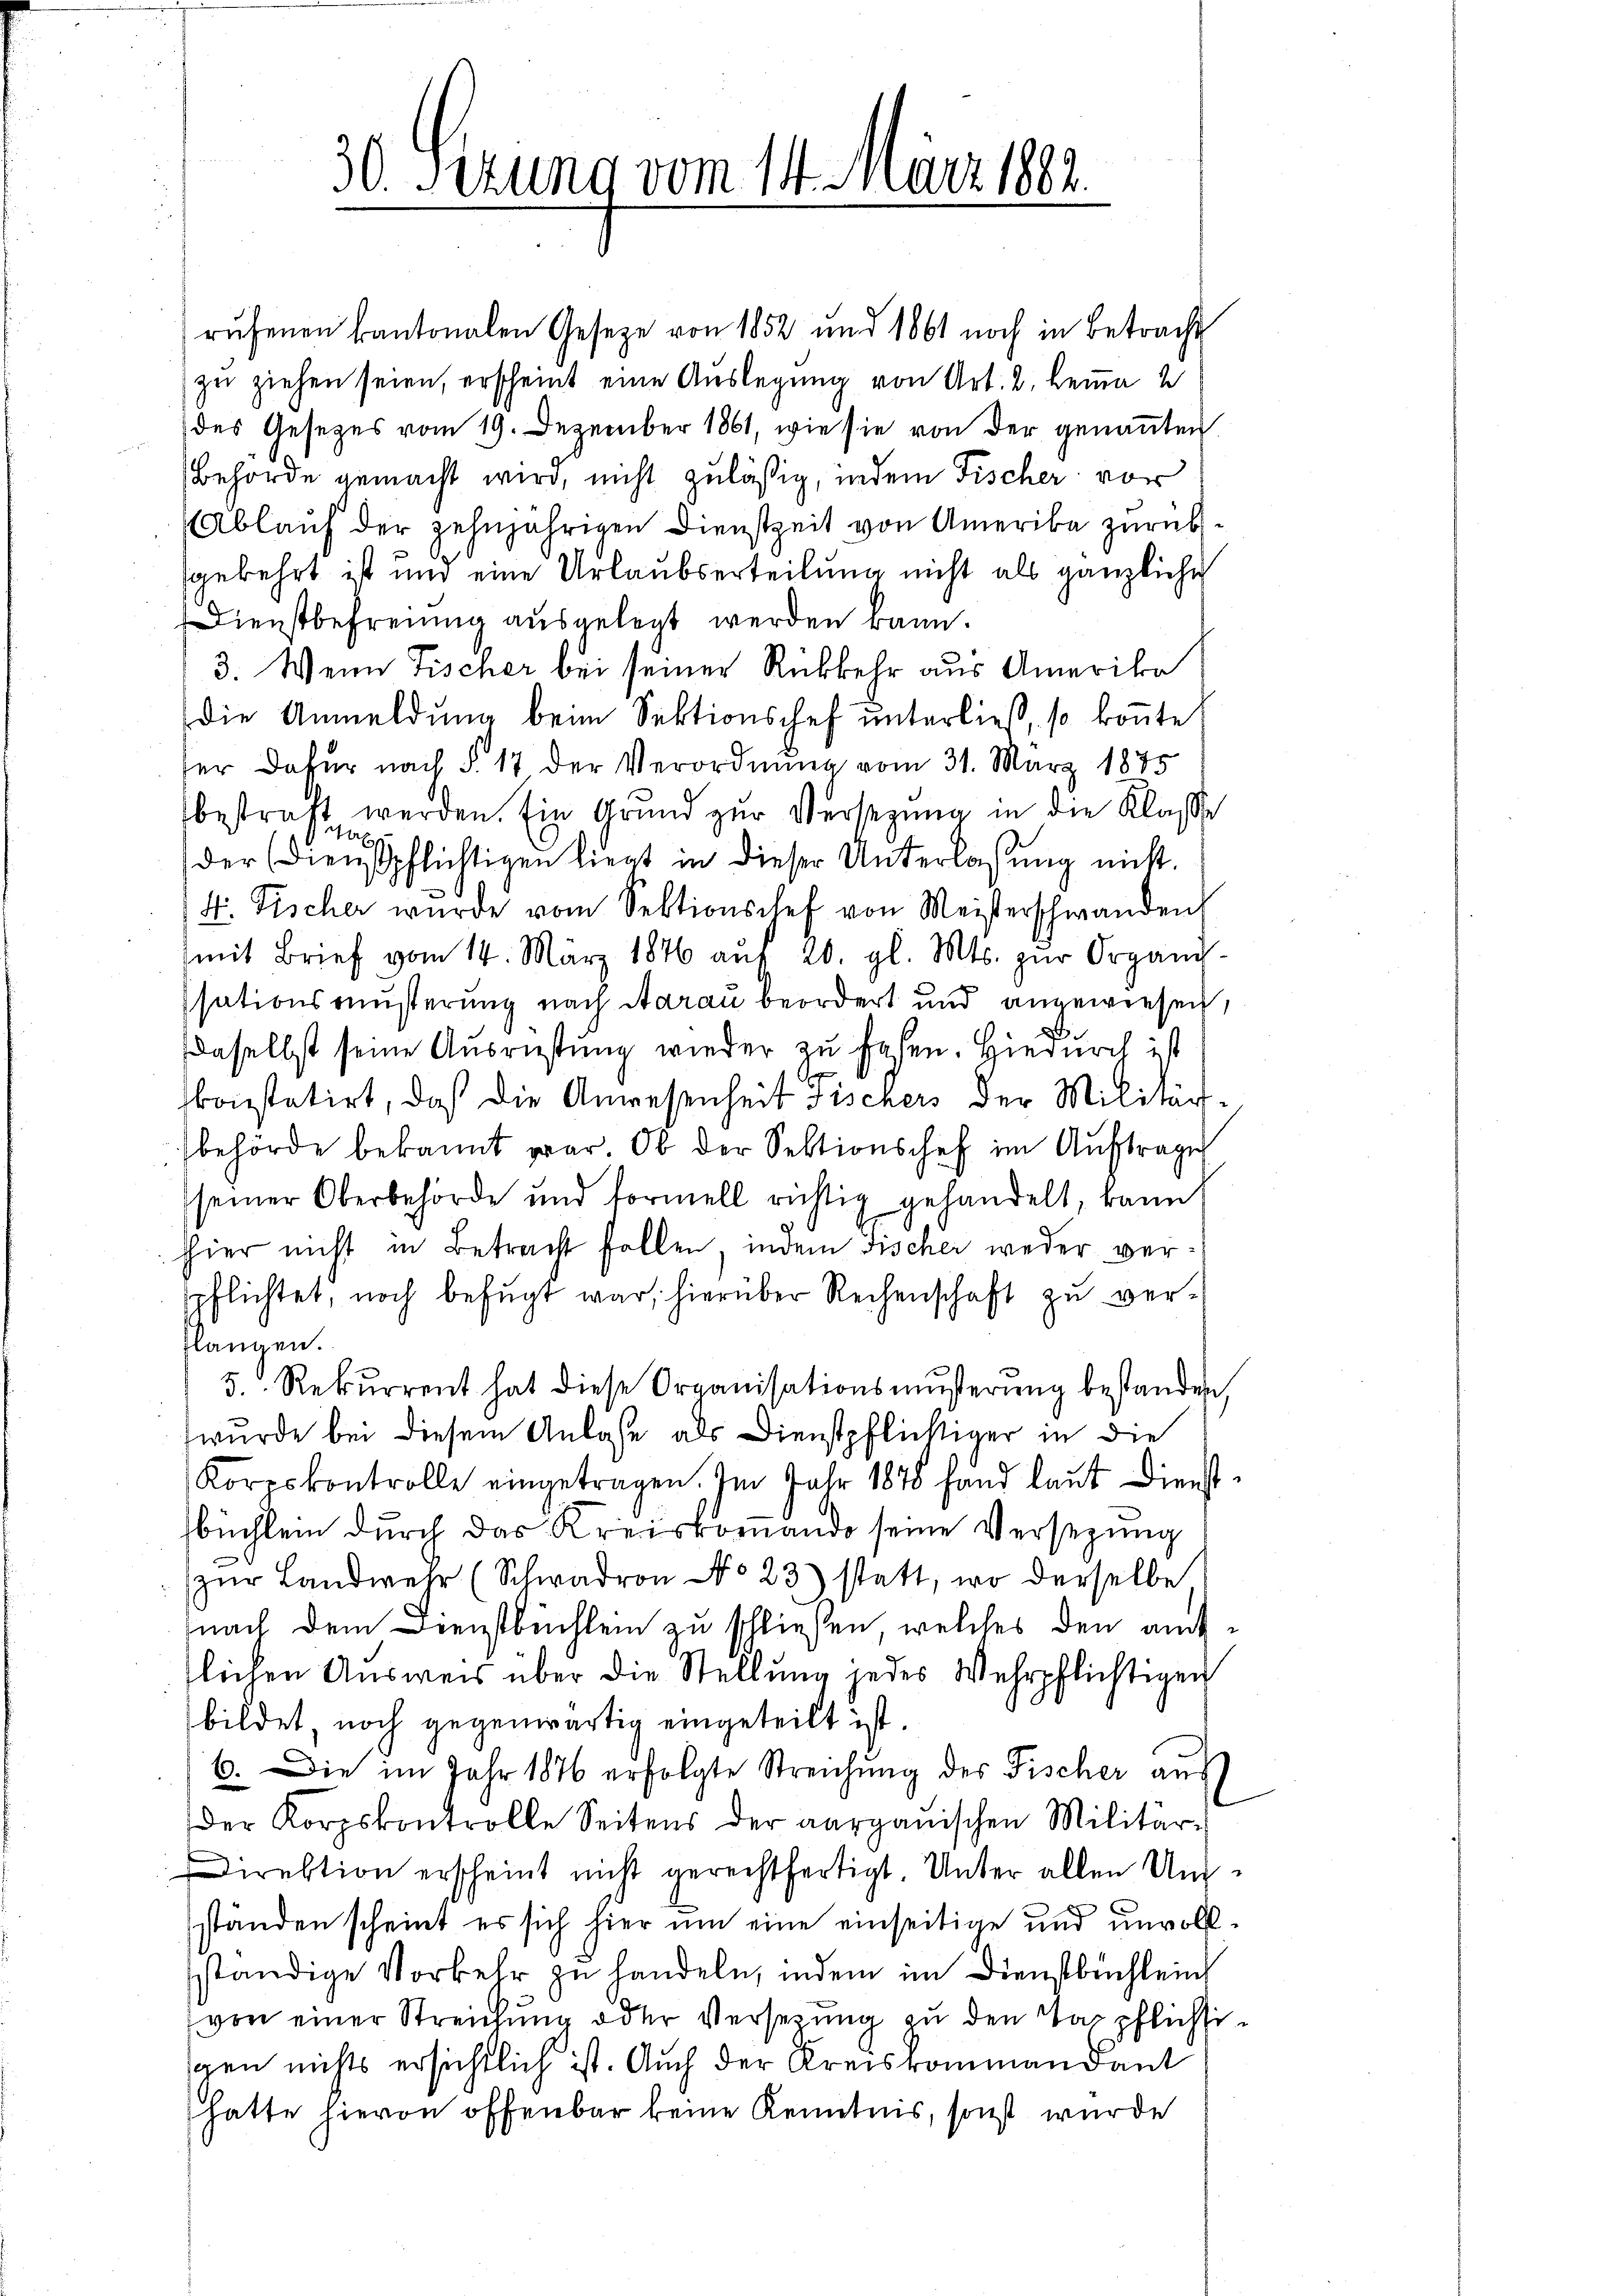
30. Sezung vom 14. März 1882.

rŭfenen kantonalen Geseze von 1852 und 1861 noch in Betracht
zu ziehen seien, erscheint eine Auslegung von Art. 2. Lemma 2
des Gesetzes vom 19. Dezember 1861, wie sie von der genannten
Behörde gemacht wird, nicht zuläßig, indem Fischer vor
Ablauf der zehnjährigen Dienstzeit von Amerika zurück
gekehrt ist und eine Urlaubserteilung nicht als gänzlicher
Dienstbefreiung ausgelegt werden kann.
3. Wenn Fischer bei seiner Rückkehr aus Amerika
die Anmeldung beim Sektionschef unterließ, so konnte
fer dafür nach §. 17 der Verordnung vom 31. März 1875
bestraft werden. Ein Grund zur Versezung in die Klasse
x
der (dienstpflichtigen liegt in dieser Unterlassung nicht.
4. Fischer wurde vom Sektionschef von Meisterschwanden
mit Brief vom 14. März 1876 aŭf 20. gl. Mts. zŭr Organis-
ssationsräußerung nach Aarau beordert und angewiesen,
daselbst seine Ausrüstung wieder zu hasen. Hiedurch ist
.
konstatirt, daß die Anwesenheit Fischers der Militärbehörde bekannt war. Ob der Sektionschef im Auftrages
seiner Oberbehörde und formell richtig gehandelt, kann
hier nicht in Betracht follen, indem Fischer weder verspflichtet, noch befügt war, hierüber Rechenschaft zu verklangen.
5. Rekurrent hat diese Organisationsmŭsserŭng bestanden,
wurde bei diesem Anlasse als Dienstpflichtiger in die
Koreskontrolle eingetragen. Im Jahr 1878 fand laut Dienst-
büchlein durch das Kreiskomando seine Versezung
zŭr Landwehr (Schwadron No 23) statt, wo derselbe
nach dem Dienstbuchlein zu schließen welches den amttlichen Ausweis über die Stellung jedes Wehrpflichtigen
bildet noch gegenwärtig eingeteilt ist.
6. Die im Jahr 1876 erfolgte Streichung des Fischer aus
der Korpskontrolle Seitens der aargauischen Militär-
Direktion erscheint nicht gerechtfertigt. Unter allen Unständen scheint es sich hier um eine einseitige und unvollständige Vorkehr zu handeln, indem im Dienstbüchleich
von einer Streichung oder Versetzung zu den Tagpflichtigen nichts ersichtlich ist. Auch der Kreiskommandant
hatte hievon offenbar keine Kenntnis, sonst wurde